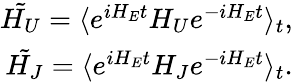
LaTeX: \begin{array}{r}{\tilde{H_{U}}=\langle e^{iH_{E}t}H_{U}e^{-iH_{E}t}\rangle_{t},}\\ {\tilde{H_{J}}=\langle e^{iH_{E}t}H_{J}e^{-iH_{E}t}\rangle_{t}.}\end{array}